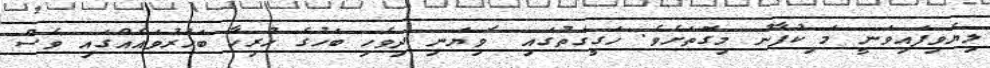
ލިޔެވިފައިވަނީ މަޱިކުފާނު މިގޮތަށެވެ. ހަގީގަތުގައި ޱަވިޔަނި ދިވެހި ބަހުގެ ހުރިހާ ބަހުރުވައެއްގައި ވެސް